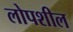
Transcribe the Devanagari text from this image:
लोपशील